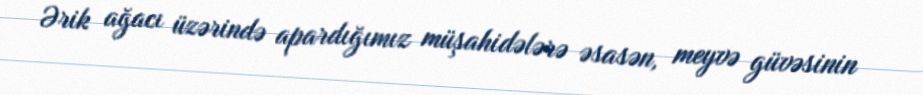
Ərik ağacı üzərində apardığımız müşahidələrə əsasən, meyvə güvəsinin